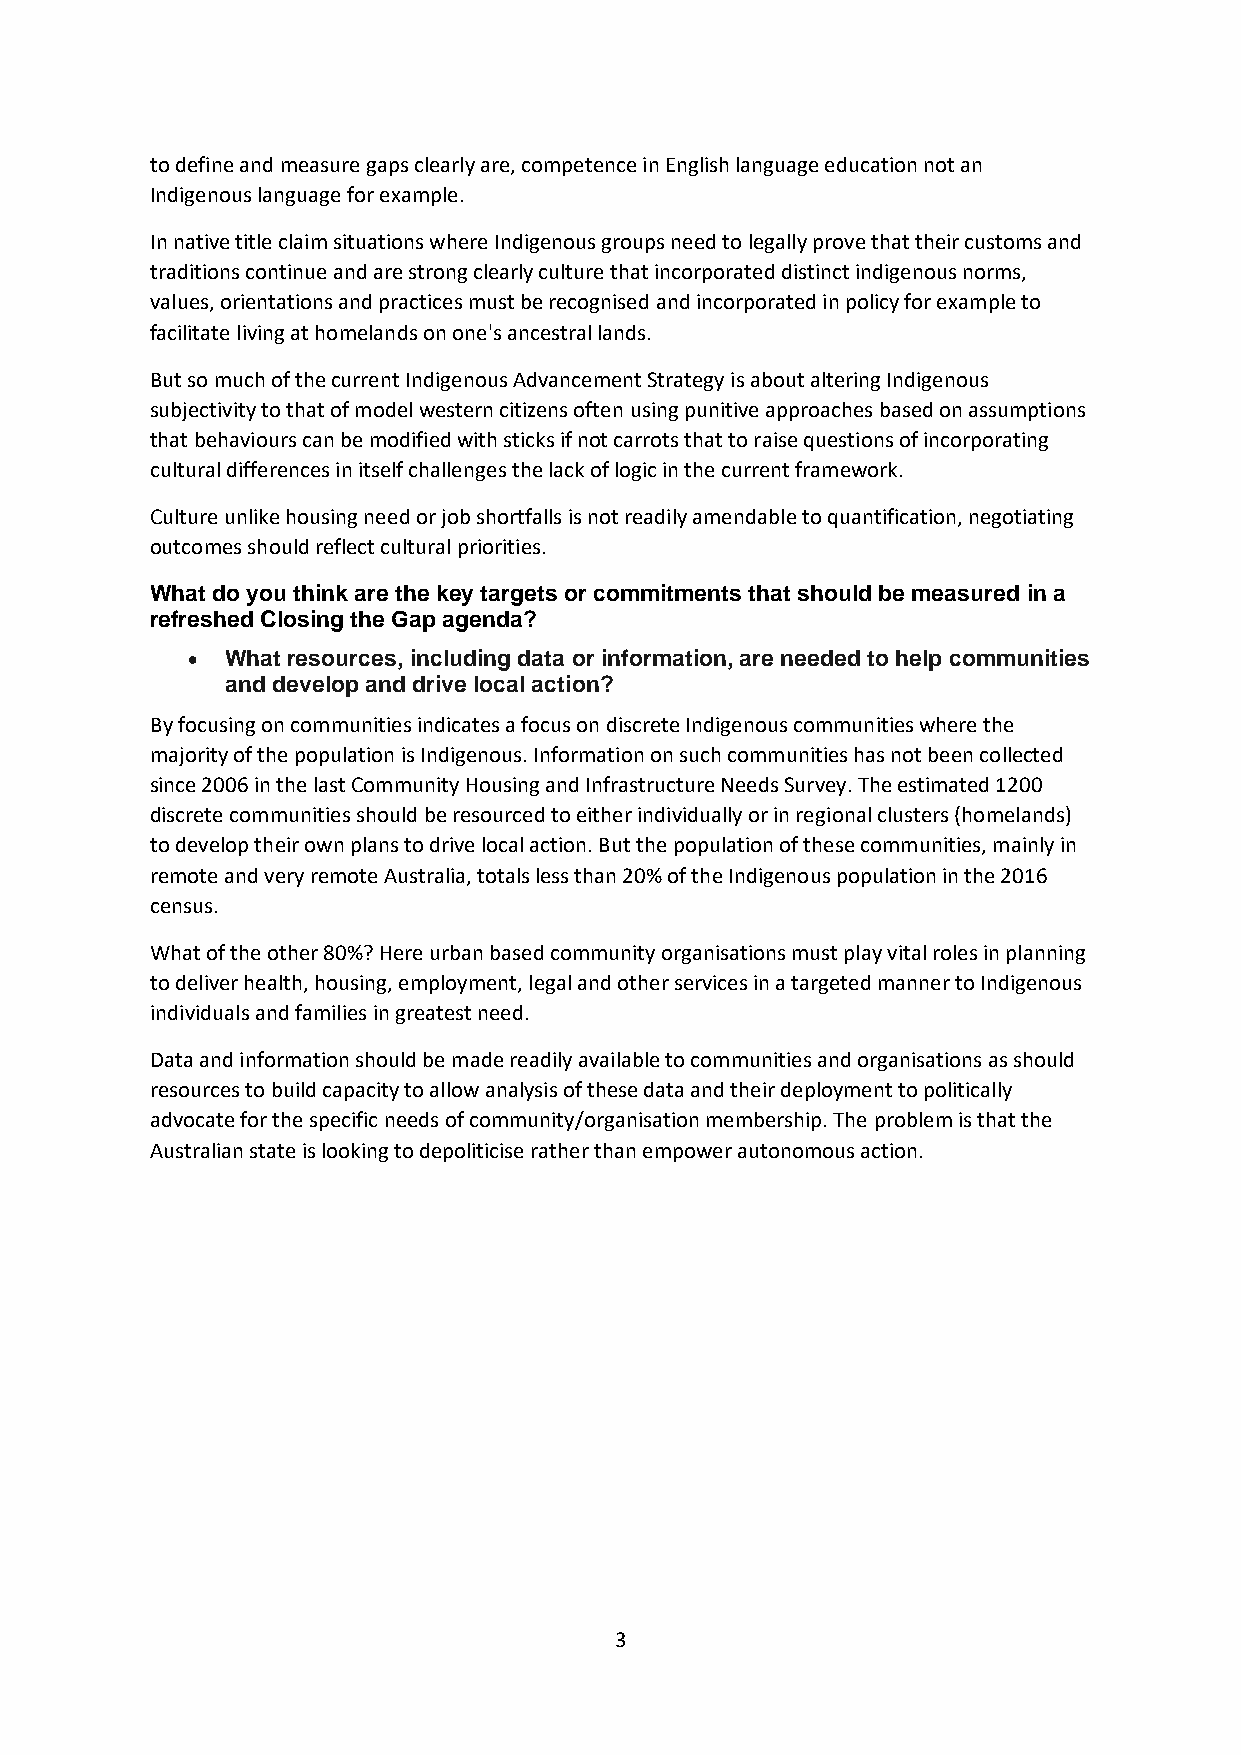
to define and measure gaps clearly are, competence in English language education not an
 Indigenous language for example.
 In native title claim situations where Indigenous groups need to legally prove that their customs and
 traditions continue and are strong clearly culture that incorporated distinct indigenous norms,
 values, orientations and practices must be recognised and incorporated in policy for example to
 facilitate living at homelands on one's ancestral lands.
 But so much of the current Indigenous Advancement Strategy is about altering Indigenous
 subjectivity to that of model western citizens often using punitive approaches based on assumptions
 that behaviours can be modified with sticks if not carrots that to raise questions of incorporating
 cultural differences in itself challenges the lack of logic in the current framework.
 Culture unlike housing need or job shortfalls is not readily amendable to quantification, negotiating
 outcomes should reflect cultural priorities.
 What do you think are the key targets or commitments that should be measured in a
 refreshed Closing the Gap agenda?
 •  What resources, including data or information, are needed to help communities
 and develop and drive local action?
 By focusing on communities indicates a focus on discrete Indigenous communities where the
 majority of the population is Indigenous. Information on such communities has not been collected
 since 2006 in the last Community Housing and Infrastructure Needs Survey. The estimated 1200
 discrete communities should be resourced to either individually or in regional clusters (homelands)
 to develop their own plans to drive local action. But the population of these communities, mainly in
 remote and very remote Australia, totals less than 20% of the Indigenous population in the 2016
 census.
 What of the other 80%? Here urban based community organisations must play vital roles in planning
 to deliver health, housing, employment, legal and other services in a targeted manner to Indigenous
 individuals and families in greatest need.
 Data and information should be made readily available to communities and organisations as should
 resources to build capacity to allow analysis of these data and their deployment to politically
 advocate for the specific needs of community/organisation membership. The problem is that the
 Australian state is looking to depoliticise rather than empower autonomous action.
 3